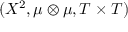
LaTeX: ( X ^ { 2 } , \mu \otimes \mu , T \times T )